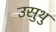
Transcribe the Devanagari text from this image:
उसुथु